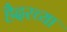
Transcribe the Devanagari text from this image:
हैदरच्या